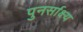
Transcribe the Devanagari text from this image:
पुनर्साक्ष्य